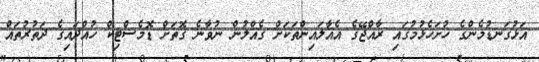
އަޅުގަނޑުމެންގެ ހުށަހެޅުމުގައި ރާއްޖޭގެ އެއާލައިންތަކަށް ގެއްލުން ނުވާނެ ގޮތަށް ޑޮމެސްޓިކް ހުއްދައިގެ ދަތުރުތައް